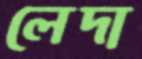
লেদা